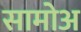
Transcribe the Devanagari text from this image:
सामोअ